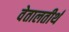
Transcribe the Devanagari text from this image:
वेतालतीर्थ